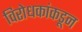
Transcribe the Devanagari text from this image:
विरोधकांकडून